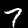
Label: 7